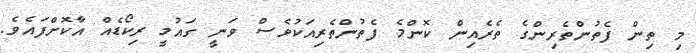
މި ތިން ފެތުންތެރިންގެ ތެރެއިން ކޮންމެ ފެތުންތެރިއަކުވެސް ވަނީ ގައުމީ ރިކޯޑެއް އާކޮށްފައެވެ.